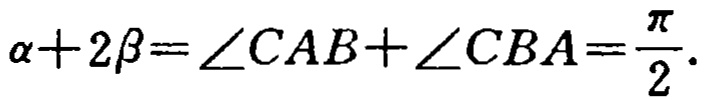
\(\alpha + 2\beta=\angle CAB+\angle CBA=\frac{\pi}{2}.\)